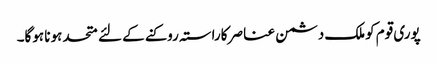
پوری قوم کوملک دشمن عناصر کاراستہ روکنے کے لئے متحد ہونا ہوگا۔